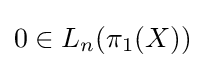
0\in L_{n}(\pi _{1}(X))